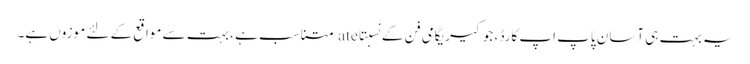
یہ بہت ہی آسان پاپ اپ کارڈ ، جو کیریگامی فن کے نسبتاate متناسب ہے ، بہت سے مواقع کے لئے موزوں ہے۔